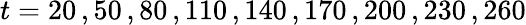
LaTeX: t=20\, ,50\, ,80\, ,110\, ,140\, ,170\, ,200\, ,230\, ,260